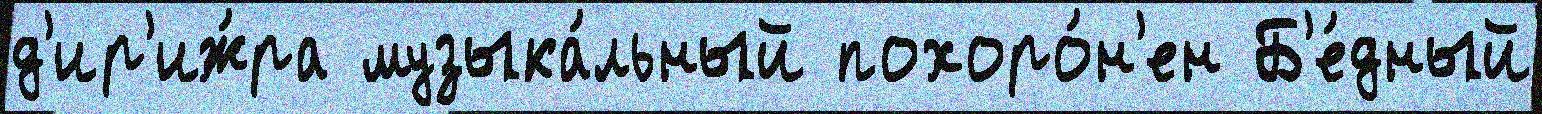
д'ир'иж́ра музыка́льный похоро́н'ен Б'е́дный